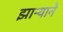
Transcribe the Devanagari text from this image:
झाऱ्याने